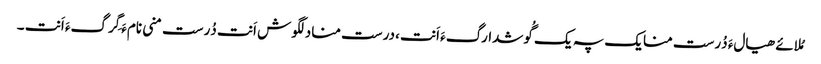
مُلائے ھیالءَ دُرست منایک پہ یک گُوشدارگءَ اَنت ،درست منادلگوش اَنت دُرست منی نامءَ گِرگءَ اَنت ۔